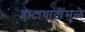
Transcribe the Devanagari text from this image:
वाटाघाटींमुळे